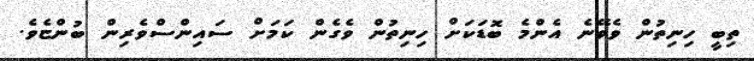
ތިބީ ހިނިތުން ވެވޭނެ އެންމެ ބޮޑަކަށް ހިނިތުން ވެގެން ކަމަށް ސައިންސްވެރިން ބުންޏެވެ.